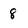
Character: 8